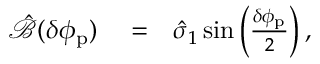
\begin{array} { r l r } { \hat { \mathcal { B } } ( \delta \phi _ { \mathrm { p } } ) } & { { } = } & { \hat { \sigma } _ { 1 } \sin \left( \frac { \delta \phi _ { \mathrm { p } } } { 2 } \right) , } \end{array}